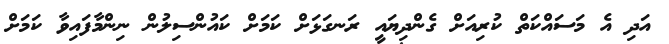
އަދި އެ މަސައްކަތް ކުރިއަށް ގެންދިޔައީ ރަނގަޅަށް ކަމަށް ކައުންސިލުން ނިންމާފައިވާ ކަމަށް